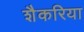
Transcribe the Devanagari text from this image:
शैकरिया